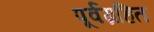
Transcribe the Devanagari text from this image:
पूर्वग्रहित